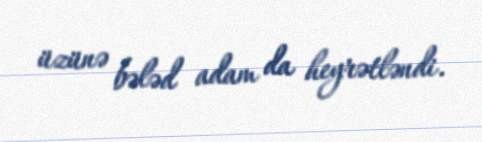
üzünə bələd adam da heyrətləndi.